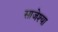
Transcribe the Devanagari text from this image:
साजेश्या